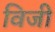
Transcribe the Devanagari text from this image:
विजी